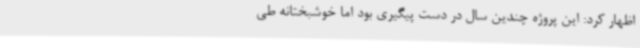
اظهار کرد: این پروژه چندین سال در دست پیگیری بود اما خوشبختانه طی